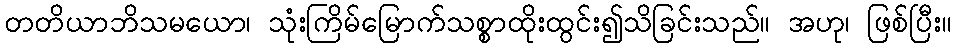
တတိယာဘိသမယော၊ သုံးကြိမ်မြောက်သစ္စာထိုးထွင်း၍သိခြင်းသည်။ အဟု၊ ဖြစ်ပြီး။